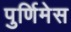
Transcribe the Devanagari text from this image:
पुर्णिमेस